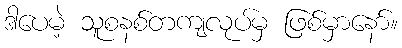
ဒါပေမဲ့ သူစနစ်တကျလုပ်မှ ဖြစ်မှာနော်။